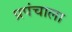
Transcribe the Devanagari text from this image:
प्रपंचाला